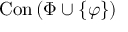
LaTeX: \operatorname { C o n } \left( \Phi \cup \{ \varphi \} \right)